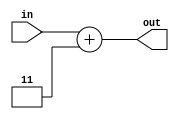
module prob535(out,in);
	input [3:0] in;
	output [3:0] out;
	reg [3:0] out;
	always @ (in)
	out <= in + 2'b11;
endmodule

module prob535_tb;
	reg[3:0] tin;
	wire [3:0] tout;
	prob535 myCircuit(tout, tin);
	initial 
	   begin
		tin= 4'b0000;
		repeat(9) #20 tin= tin+1'b1;
	   end
	initial
		begin
			$dumpfile ("prob535.vcd") ;
			$dumpvars (0, prob535_tb) ;
			$monitor ("in = %b | out = %b", tin, tout) ;
		end
endmodule